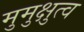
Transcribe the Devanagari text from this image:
मुमुक्षुत्व